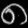
Digit: ၈